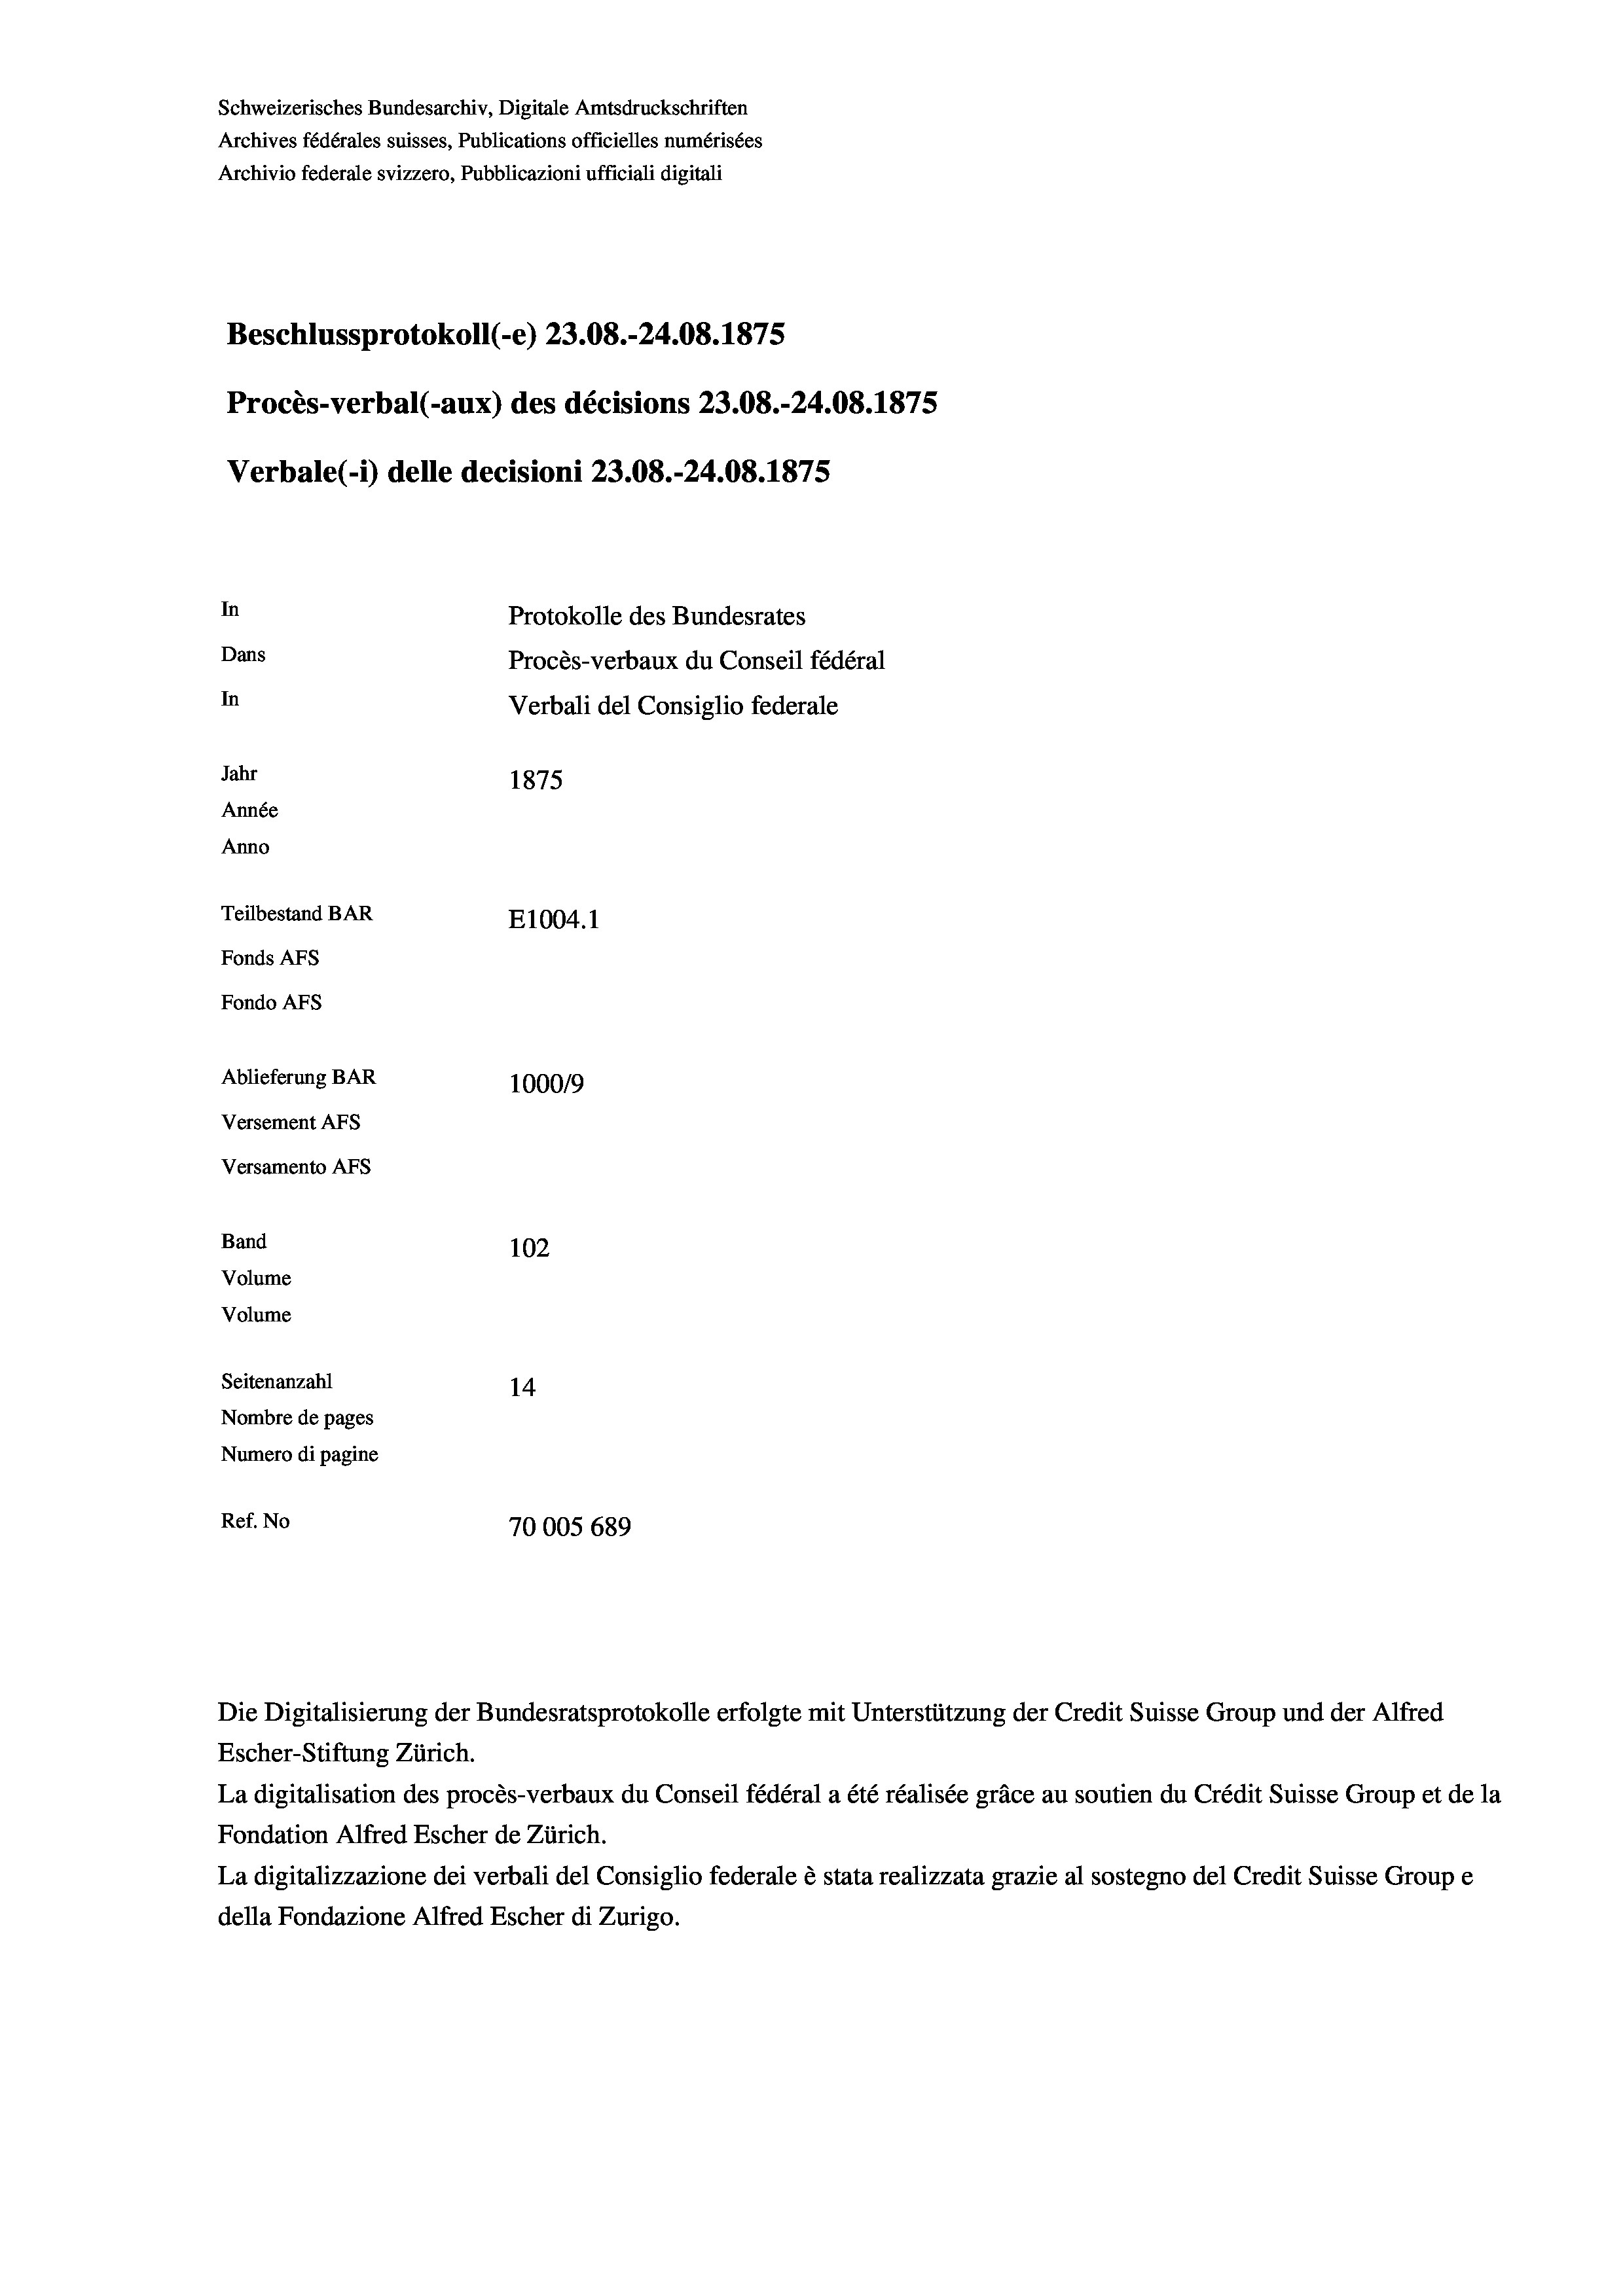
Schweizerisches Bundesarchiv, Digitale Amtsdruckschriften
Archives fédérales suisses, Publications officielles numérisées
Archivio federale svizzero, Pubblicazioni ufficiali digitali
Beschlussprotokoll (-e) 23.08.-24.08. 1875
Procès-verbal (-aux) des décisions 23.08.-24.08. 1875
Verbale(-*) delle decisioni 23.08.-24.08. 1875
In
Protokolle des Bundesrates
Dans
Procès-verbaux du Conseil fédéral
In
Verbali del Consiglio federale
Jahr
1875
Année
Anno
Teilbestand BAR
E1004.1
Fonds AFs
Fondo Afs
Ablieferung BAR
100019
Versement AFs
Versamento AFS
Band
102
Volume
Volume

Seitenanzahl
14
Nombre de pages
Numero di pagine
Ref. No
70005 689

Die Digitalisierung der Bundesratsprotokolle erfolgte mit Unterstützung der Credit Suisse Group und der Alfred
Escher-Stiftung Zürich.
La digitalisation des procès-verbaux du Conseil fédéral a été réalisée gräce au soutien du Crédit Suisse Group et de la
Fondation Alfred Escher de Zürich.
La digitalizzazione dei verbali del Consiglio federale è stata realizzata grazie al sostegno del Credit Suisse Groupe
della Fondazione Alfred Escher di Zurigo.